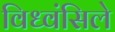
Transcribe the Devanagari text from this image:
विध्वंसिले